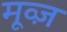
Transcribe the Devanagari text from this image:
मूव्ज़